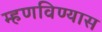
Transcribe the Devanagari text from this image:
म्हणविण्यास